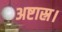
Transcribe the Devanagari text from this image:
अष्टास्र।